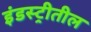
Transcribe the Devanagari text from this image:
इंडस्ट्रीतील